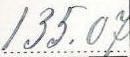
135.07